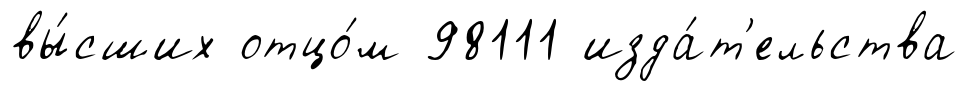
вы́сших отцо́м 98111 изда́т'ельства